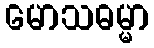
မောသဓမ္မာ